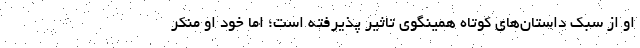
او از سبک داستان‌های کوتاه همینگوی تاثیر پذیرفته است؛ اما خود او منکر